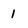
Character: 1